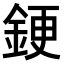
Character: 𫒝